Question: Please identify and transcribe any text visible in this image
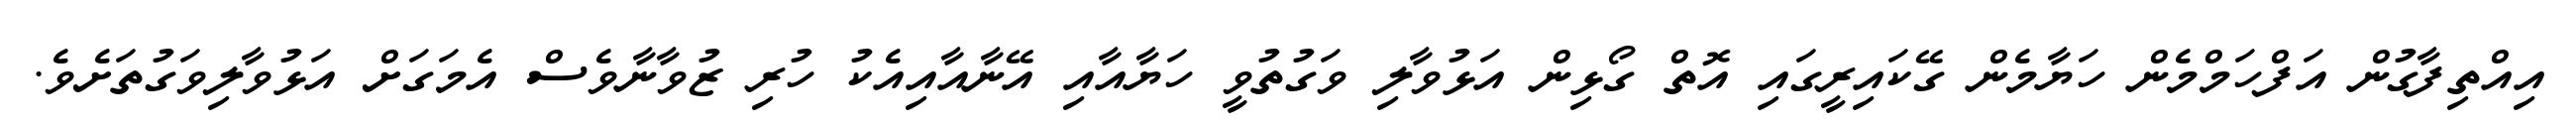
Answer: އިއްތިފާގުން އަފްހަމްމެން ހަޔާމެން ގޭކައިރީގައި އޮތް ގޯޅިން އަޅުވާލި ވަގުތުވީ ހަޔާއާއި އޭނާއާއިއެކު ހުރި ޒުވާނާވެސް އެމަގަށް އަޅުވާލިވަގުތަށެވެ.